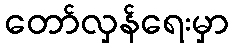
တော်လှန်ရေးမှာ